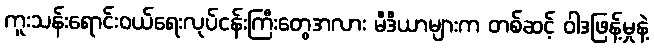
ကူးသန်းရောင်းဝယ်ရေးလုပ်ငန်းကြီးတွေအလား မီဒီယာများက တစ်ဆင့် ဝါဒဖြန့်မှုနဲ့